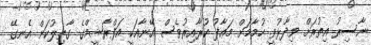
ނާސިރު އިތުރަށް ވިދާޅުވީ ހުމާމަށް މަޢާފު ކުރާއިރުވެސް އޭނާއަކީ އަފްރާޝީމްގެ ގާތިލުކަން އެނގޭ